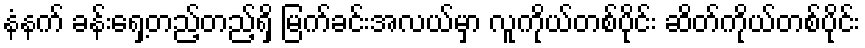
နံနက် ခန်းရှေ့တည့်တည့်ရှိ မြက်ခင်းအလယ်မှာ လူကိုယ်တစ်ပိုင်း ဆိတ်ကိုယ်တစ်ပိုင်း